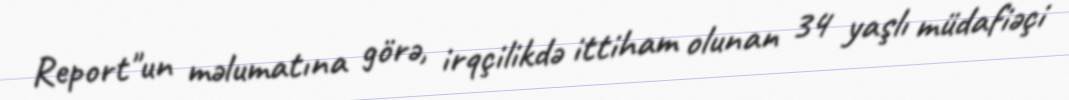
Report"un məlumatına görə, irqçilikdə ittiham olunan 34 yaşlı müdafiəçi